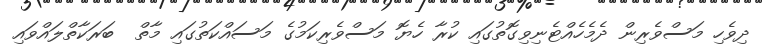
ދިވެހި މަސްވެރިން ދެމެހެއްޓެނިވިގޮތުގައި ކުރާ ހެޔޮ މަސްވެރިކަމުގެ މަސައްކަތުގައި މާތް  ބަރަކާތްލައްވައި